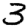
Digit: 3